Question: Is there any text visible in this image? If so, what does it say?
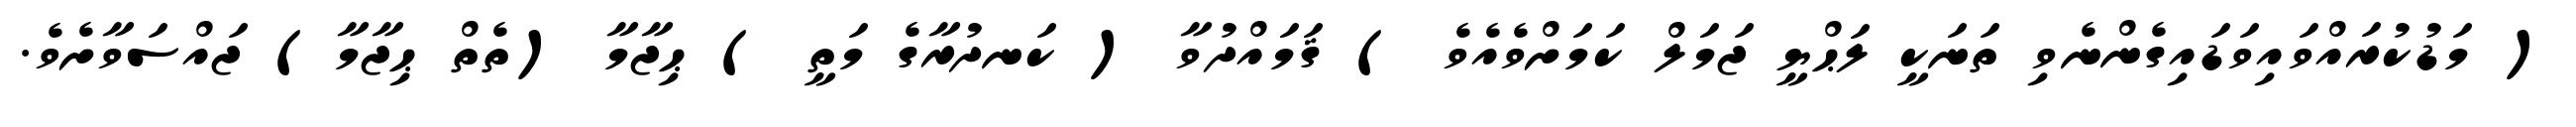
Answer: ( މަޑުކުރައްވައިވަޑައިގެންނެވި ތަނަކީ ލަޙްޔީ ޖަމަލް ކަމަށްވެއެވެ ) ޤަމައްދުވާ ( ކަނދުރާގެ މަތީ ) ޙިޖާމާ (ތެތް ޙިޖާމާ) ޖައްސަވާށެވެ.